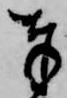
奉